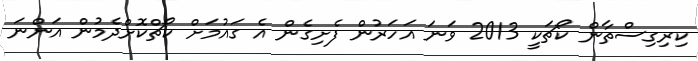
ކިރިގިސްތާން ކޯޗަކީ 2013 ވަނަ އަހަރުން ފެށިގެން އެ ގައުމަށް ކޯޗްކޮށްދެމުން އަންނަ